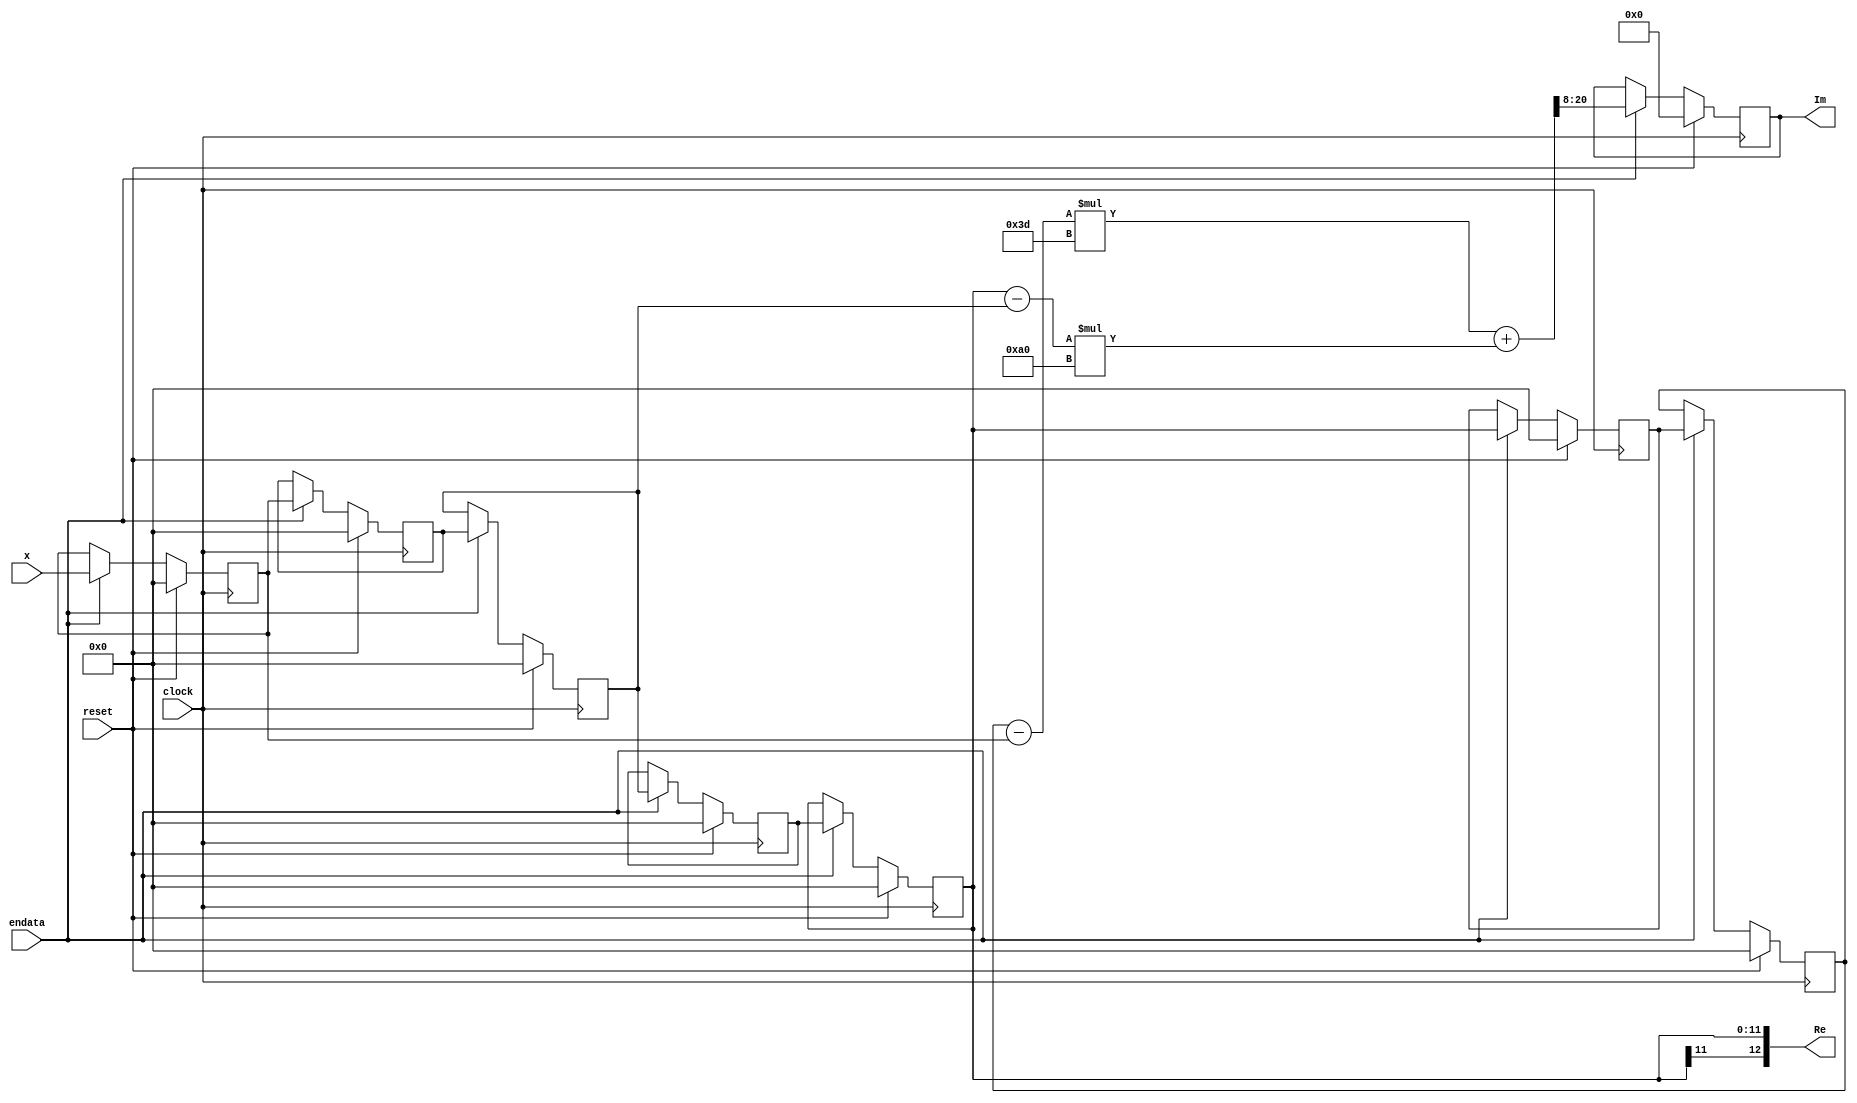

// outputs are delayed by 6 samples (5 for loading bufer and 1 for 
// FIR filter calculation )
module real2cpx(
	input clock,
	input endata,
	input reset,
	input signed [11:0] x,
	output reg signed [12:0] Im,
	output signed [12:0] Re
	);

reg signed [11:0] buffer [6:0];

wire signed [20:0] mult_res;
wire signed [12:0] diff1, diff2;
wire signed [20:0] mult1, mult2;

assign diff1 = buffer[6] - buffer[0];
assign diff2 = buffer[4] - buffer[2];
assign mult1 = diff1*9'sb000111101;
assign mult2 = diff2*9'sb010100000;
assign mult_res = mult1 + mult2;


assign Re = buffer[4];


always@(posedge clock)
begin
	if ( reset )
	begin
		buffer[0] <= 12'b0;
		buffer[1] <= 12'b0;
		buffer[2] <= 12'b0;
		buffer[3] <= 12'b0;
		buffer[4] <= 12'b0;
		buffer[5] <= 12'b0;
		buffer[6] <= 12'b0;
		Im <= 13'b0;
	end

	else if ( endata )
	begin
		buffer[0] <= x;
		buffer[1] <= buffer[0];
		buffer[2] <= buffer[1];
		buffer[3] <= buffer[2];
		buffer[4] <= buffer[3];
		buffer[5] <= buffer[4];
		buffer[6] <= buffer[5];
		Im <= mult_res[20:8];
	end
end

endmodule